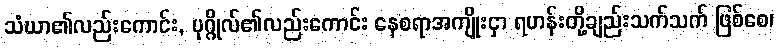
သံဃာ၏လည်းကောင်း, ပုဂ္ဂိုလ်၏လည်းကောင်း နေစရာအကျိုးငှာ ရဟန်းတို့ချည်းသက်သက် ဖြစ်စေ၊